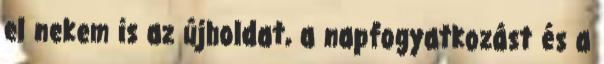
el nekem is az újholdat, a napfogyatkozást és a